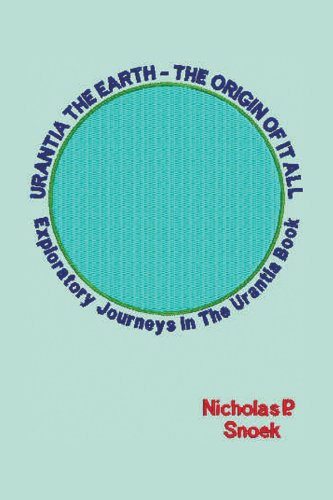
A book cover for Urantia The Earth-The Origin of it All: Exploratory Journeys in the Urantia Book; Nicholas P. Snoek; Religion & Spirituality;